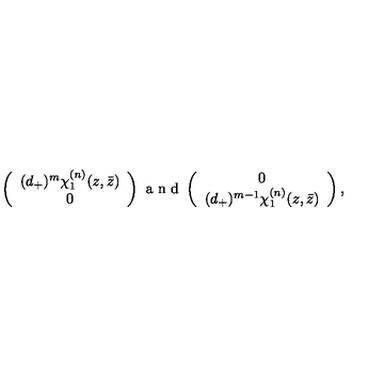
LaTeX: \left( \begin{array} { c } { ( d _ { + } ) ^ { m } \chi _ { 1 } ^ { ( n ) } ( z , \bar { z } ) } \\ { 0 } \\ \end{array} \right) \makebox { a n d } \left( \begin{array} { c } { 0 } \\ { ( d _ { + } ) ^ { m - 1 } \chi _ { 1 } ^ { ( n ) } ( z , \bar { z } ) } \\ \end{array} \right) ,